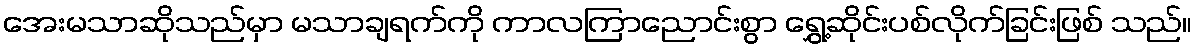
အေးမသာဆိုသည်မှာ မသာချရက်ကို ကာလကြာညောင်းစွာ ရွှေ့ဆိုင်းပစ်လိုက်ခြင်းဖြစ် သည်။